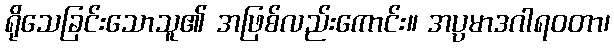
ရိုသေခြင်းသောသူ၏ အဖြစ်လည်းကောင်း။ အပ္ပမာဒဂါရဝတာ၊